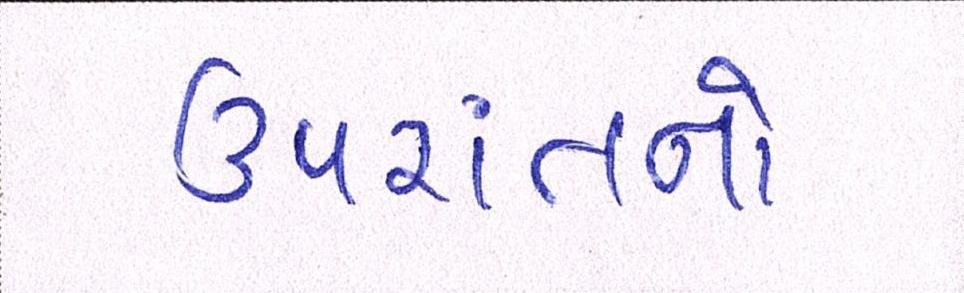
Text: ઉપરાંતનો